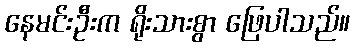
နေမင်းဦးက ရိုးသားစွာ ဖြေပါသည်။